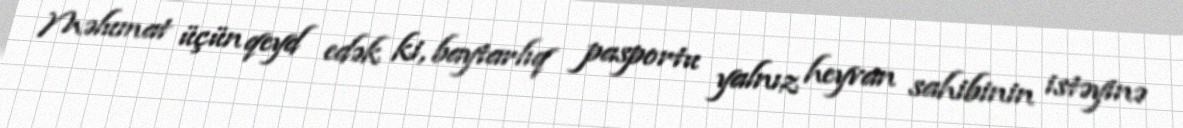
Məlumat üçün qeyd edək ki, baytarlıq pasportu yalnız heyvan sahibinin istəyinə